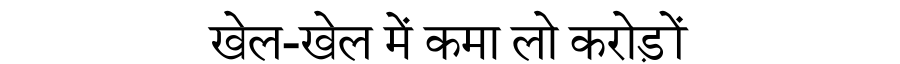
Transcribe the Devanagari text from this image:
खेल-खेल में कमा लो करोड़ों